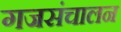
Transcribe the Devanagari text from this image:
गजसंचालन